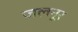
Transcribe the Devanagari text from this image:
ज़लनूर